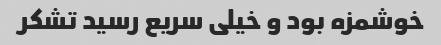
خوشمزه بود و خیلى سریع رسید تشکر